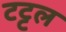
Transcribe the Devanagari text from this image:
टट्टल